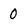
Character: 0